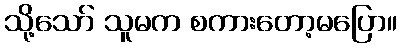
သို့သော် သူမက စကားတော့မပြော။